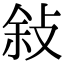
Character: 敍